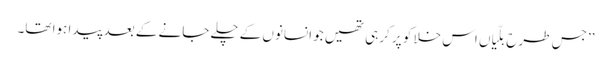
’’جس طرح بلّیاں اس خلا کو پر کرہی تھیں جو انسانوں کے چلے جانے کے بعد پیدا ہوا تھا۔